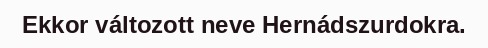
Ekkor változott neve Hernádszurdokra.